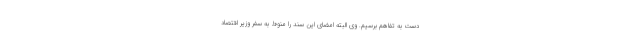
دست به تفاهم برسیم. وی البته امضای این سند را منوط به سفر وزیر اقتصاد